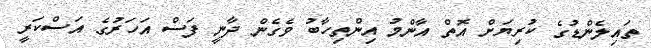
ތައިލެންޑުގެ ކުރިޔަށް އޮތް އާންމު އިންތިހާބު ވެގެން ދާނީ ފަސް އަހަރުގެ އަސްކަރީ